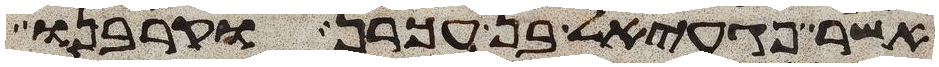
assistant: אשר פגעאל בן עכרן וקרבנו